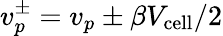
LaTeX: v_{p}^{\pm}=v_{p}\pm\beta V_{\mathrm{cell}}/2